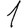
Digit: 1